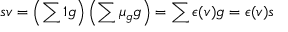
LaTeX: s v = \left( \sum 1 g \right) \left( \sum \mu _ { g } g \right) = \sum \epsilon ( v ) g = \epsilon ( v ) s